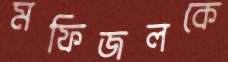
মফিজলকে